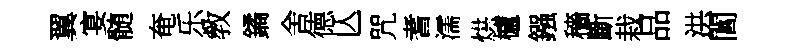
翼宴髄奄乐敎鐍舍德亾咒耆濡烘櫨鏹穡斷栽品洪閶